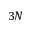
3 N